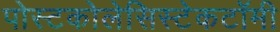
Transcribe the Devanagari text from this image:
पोस्टकोलेसिस्टेकटॉमी